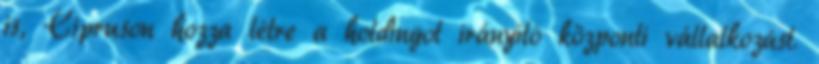
is, Cipruson hozza létre a holdingot irányító központi vállalkozást.